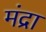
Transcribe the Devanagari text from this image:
मंद्रा